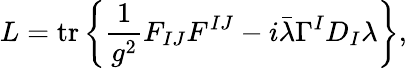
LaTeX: L=\operatorname{tr}\left\{ {\frac{1}{g^{2}}}F_{IJ}F^{IJ}-i{\bar{\lambda}}\Gamma^{I}D_{I}\lambda\right\} ,